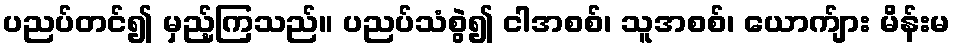
ပညပ်တင်၍ မှည့်ကြသည်။ ပညပ်သံစွဲ၍ ငါအစစ်၊ သူအစစ်၊ ယောက်ျား မိန်းမ